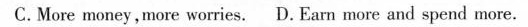
C.More money,more worries. D. Earn more and spend more.